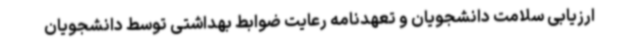
ارزیابی سلامت دانشجویان و تعهدنامه رعایت ضوابط بهداشتی توسط دانشجویان